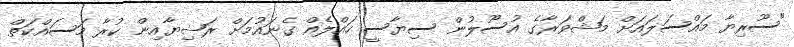
"ސޫރިޔާ މައްސަލައަށް މަޝްވަރާގެ އުސޫލުން ސިޔާސީ ހައްލެއް ގެނައުމަށް ރަޝިޔާއިން ކުރާ މަސައްކަތް